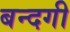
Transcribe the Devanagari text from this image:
बन्दगी